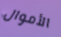
الأموال